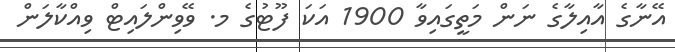
އޭނާގެ އާއިލާގެ ނަން މަތީގައިވާ 1900 އަކަ ފޫޓުގެ މ. ވޭވިންލައިޓް ވިއްކާލަން